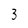
Character: 3